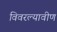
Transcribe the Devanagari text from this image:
विवरल्यावीण